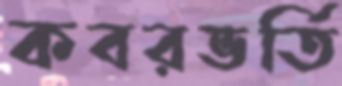
কবরভর্তি